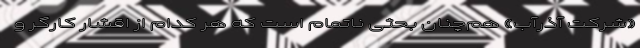
«شرکت آذرآب» هم‌چنان بحثی ناتمام است که هر کدام از اقشار کارگر و